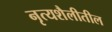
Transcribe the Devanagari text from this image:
नृत्यशैलीतील